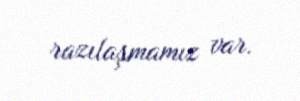
razılaşmamız var.